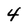
Character: 4